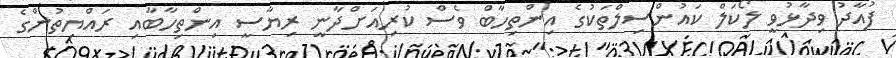
ފުއާދު ވިދާޅުވީ ލޯކަލް ކައުންސިލްތަކުގެ އިންތިހާބް ވެސް ކުރިއަށްދާނީ ރިޔާސީ އިންތިހާބާއި ރައްޔިތުންގެ